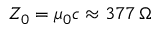
Z _ { 0 } = \mu _ { 0 } c \approx 3 7 7 \, \Omega